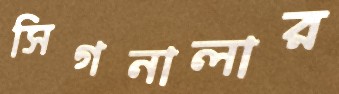
সিগনালার